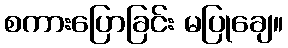
စကားပြောခြင်း မပြုချေ။